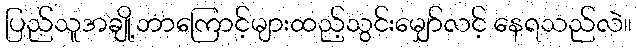
ပြည်သူအချို့ဘာကြောင့်များထည့်သွင်းမျှော်လင့် နေရသည်လဲ။